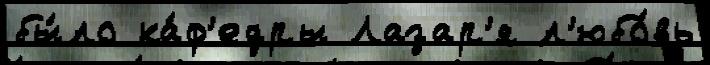
бы́ло ка́ф'едры Лазар'я л'юбо́вь